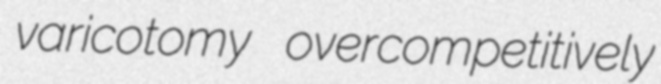
varicotomy overcompetitively